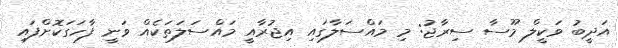
އަދީބު ވަކީލް މޫސާ ސިރާޖު: މި މައްސަލާގައި އިޖުރާއީ މައްސަލަތަކެއް ވަނީ ފާހަގަކޮށްފައި